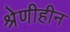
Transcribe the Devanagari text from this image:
श्रेणीहीन